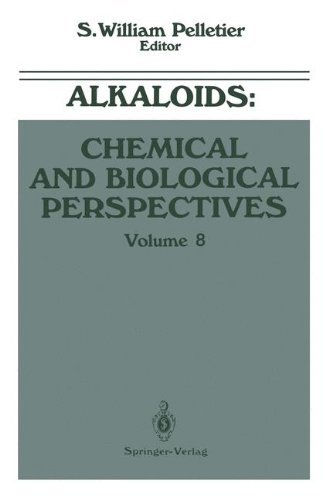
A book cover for Alkaloids: Chemical and Biological Perspectives; S. William Pelletier; Science & Math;